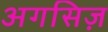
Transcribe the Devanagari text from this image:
अगसिज़